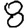
Digit: 8